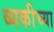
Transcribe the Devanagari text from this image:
व्यकीच्या